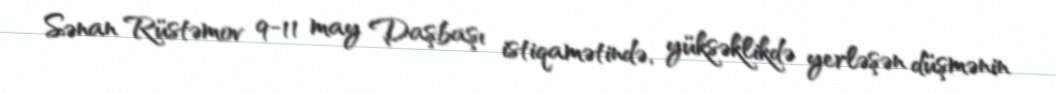
Sənan Rüstəmov 9-11 may Daşbaşı istiqamətində, yüksəklikdə yerləşən düşmənin